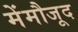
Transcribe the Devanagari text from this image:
मेंमौजूद